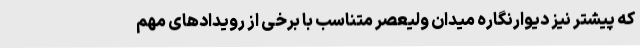
که پیشتر نیز دیوارنگاره میدان ولیعصر متناسب با برخی از رویدادهای مهم